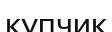
купчик